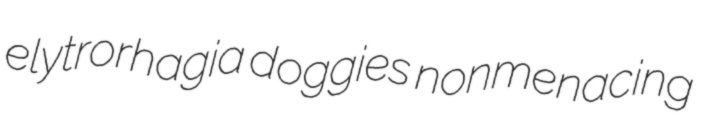
elytrorhagia doggies nonmenacing